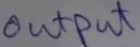
Text: OUTPUT